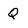
Character: Q